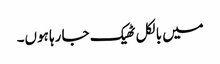
میں بالکل ٹھیک جا رہا ہوں۔